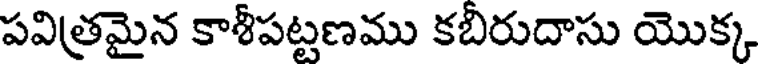
పవిత్రమైన కాశీపట్టణము కబిరుదాసు యొక్క